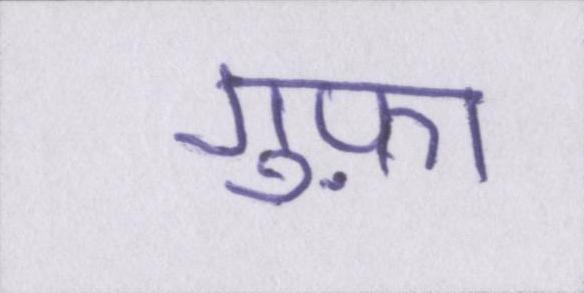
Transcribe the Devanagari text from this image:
गुफ़ा